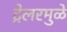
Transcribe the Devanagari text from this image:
ट्रेलरमुळे